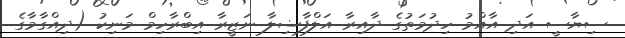
ސިޔާސީ އަދި އާއްމު ހިދުމަތުގެ ދާއިރާ އަލްފާޟިލާ ނަޒީރާ އިބްރާހިމް މަނިކު (ދިއްގާމާގެ